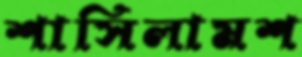
শাসিলামশ